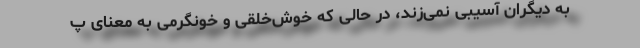
به دیگران آسیبی نمی‌زند، در حالی که خوش‌خلقی و خونگرمی به معنای پ